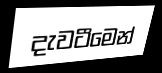
දැවටීමෙන්